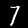
Label: 7